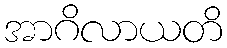
အာဂိလာယတိ